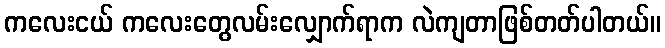
ကလေးငယ် ကလေးတွေလမ်းလျှောက်ရာက လဲကျတာဖြစ်တတ်ပါတယ်။